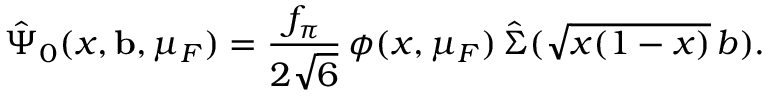
\hat { \Psi } _ { 0 } ( x , { \bf b } , \mu _ { F } ) = \frac { f _ { \pi } } { 2 \sqrt { 6 } } \, \phi ( x , \mu _ { F } ) \, \hat { \Sigma } ( \sqrt { x ( 1 - x ) } \, b ) .